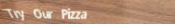
Try Our Pizza